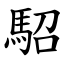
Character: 駋